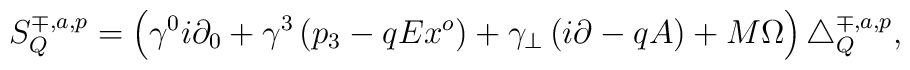
S_Q^{\mp ,a,p}=\left( \gamma ^0i\partial _0+\gamma ^3\left( p_3-qEx^o\right)+\gamma _{\bot }\left( i\partial -qA\right) +M\Omega \right) \bigtriangleup_Q^{\mp ,a,p},